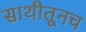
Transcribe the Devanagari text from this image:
साथीतूनच